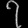
Digit: ၇